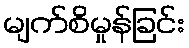
မျက်စိမှုန်ခြင်း